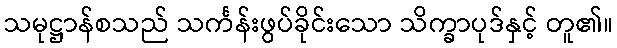
သမုဋ္ဌာန်စသည် သင်္ကန်းဖွပ်ခိုင်းသော သိက္ခာပုဒ်နှင့် တူ၏။